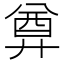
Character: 𢍜